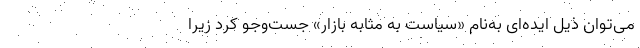
می‌توان ذیل ایده‌ای به‌نام «سیاست به مثابه بازار» جست‌وجو کرد زیرا